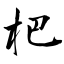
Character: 杷